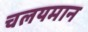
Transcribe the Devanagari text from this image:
चलयमान